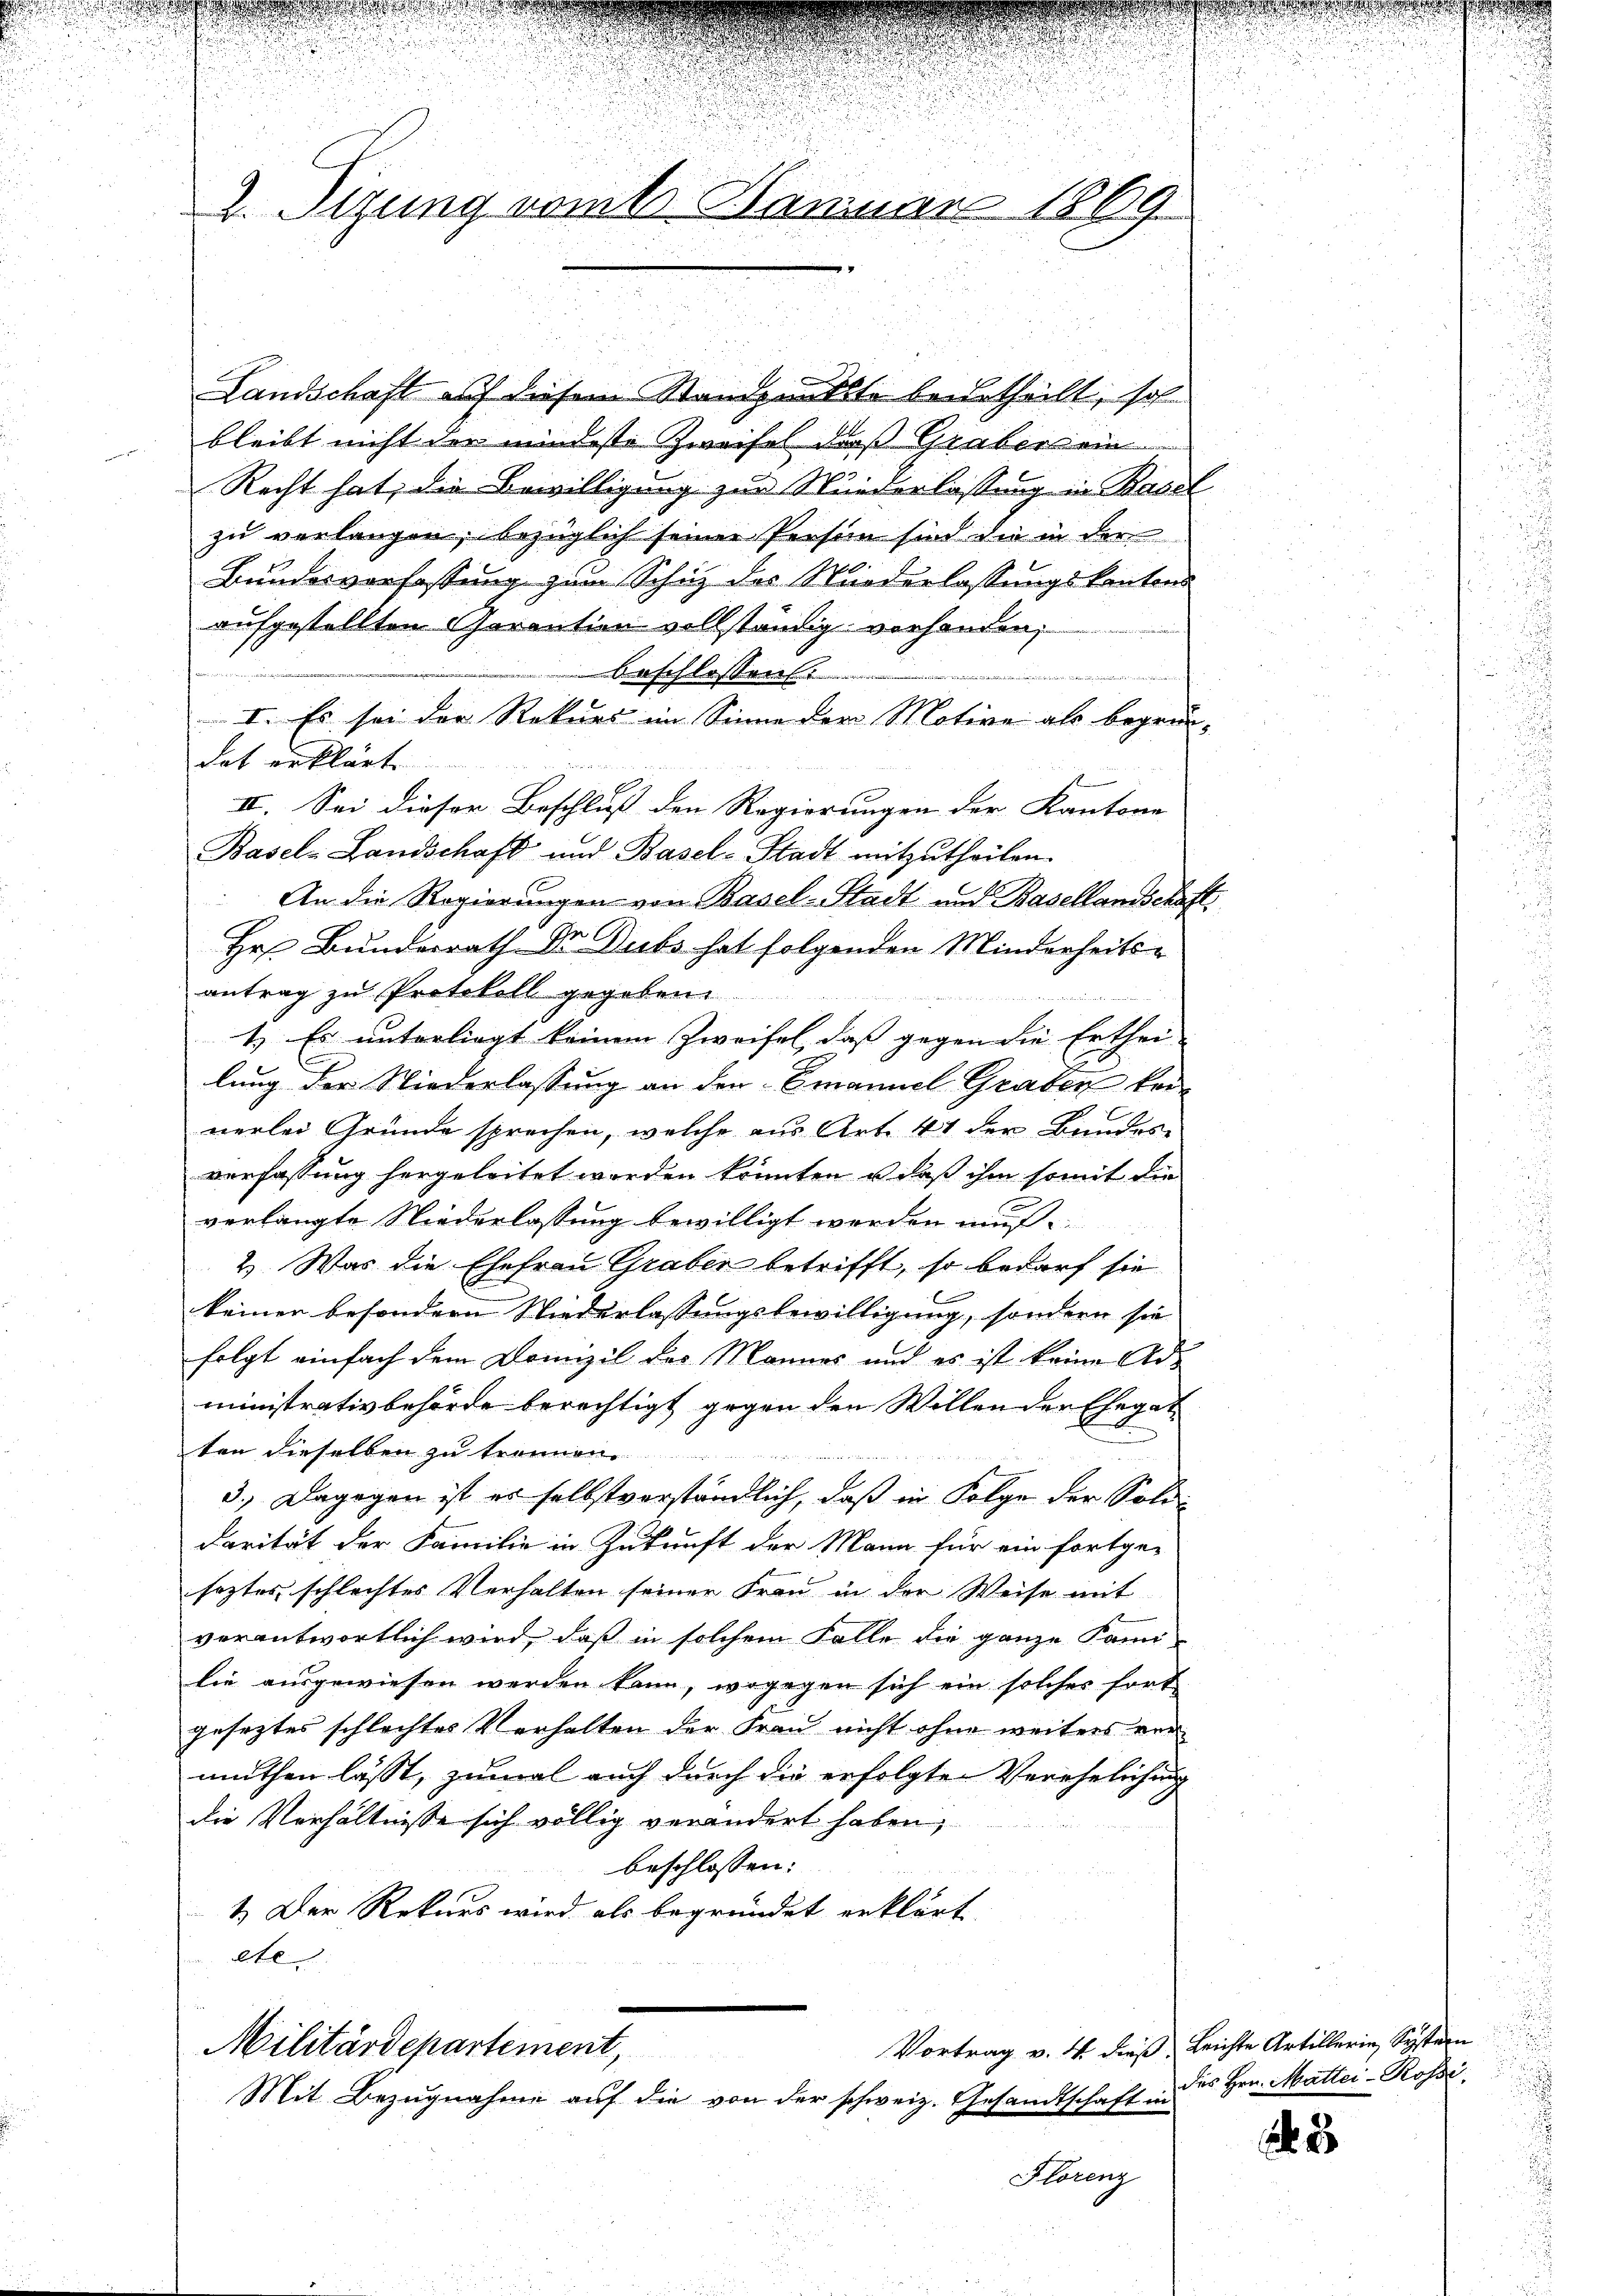
.
2. Sizung vom Januar 1869

Landschaft auf diesem Standpunkte beurtheilt, sol
bleibt nicht der mindeste Zweifel daß Graber ein
Recht hat, die Bewilligung zur Wiederlassung in Basel
zu verlangen, bezüglich seiner Person sind die in der
Bundesverfassung zum Schutz des Niederlassungskantons
aufgestellten Garantier vollständig vorhanden,
beschlossen.
I. Es sei der Rekurs im Sinne der Motive als begründat erklärt
II. Sei dieser Beschluss den Regierungen der Kantone
Basel-Landschaft und Basel-Stadt mitzutheilen.
An die Regierungen von Basel-Stadt und Basellandschaft
Hr. Bundesrath Dr. Dubs hat folgenden Minderheits-
antrag zu Protokoll gegeben.
1.) Es unterliegt keinem Zweifel, das gegen die Erthei- |
B
lung der Niederlassung an den Emanuel Graben kei
nerlei Gründe sprechen, welche aus Art. 41 der Bundes
verfassung hergeleitet worden könnten u. daß ihm somit die
verlangte Niederlassung bewilligt werden muß.
2.) Was die Ehefrau Graber betrifft, so bedarf sie
keiner besondern Niederlassungsbewilligung, sondern sie
folgt einfach dem Drunzil des Mannes und es ist keine Administrativbehörde berechtigt gegen den Willen der Ehegat
ten dieselben zu tr
3.) Dagegen ist es selbstverständlich, daß in Folge der Sold-
darität der Familie in Zukunft der Mann für ein fortge-
seztes schlechtes Verhalten seiner Frau in der Weise mit
verantwortlich wird, daß in solchem Falle die ganze Fami-
lie ausgewiesen werden kann, wogegen sich ein solcher fort
geseztes schlechtes Verhalten der Frau nicht ohne weiters ver
muthen lässt, zumal auch durch die erfolgte Verehelichung
die Verhältnisse sich völlig verändert haben,
beschlossen:
1.) Der Rekurs wird als begründet erklärt
ete

Militärdepartement
Mit Bezugnahme auf die von der schweiz. Gesandtschaft in

Florenz

Vortrag v. 14 dieß Leichte Artillerin, Systern
des Hrn. Mattei-Rossi,

2